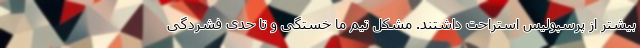
بیشتر از پرسپولیس استراحت داشتند. مشکل تیم ما خستگی و تا حدی فشردگی